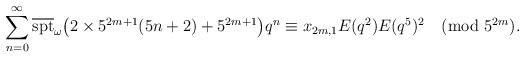
LaTeX: \begin{align*}\sum_{n=0}^\infty\overline{\textrm{spt}}_\omega{\left(2\times5^{2m+1}(5n+2)+5^{2m+1}\right)}q^n\equiv x_{2m,1}E(q^2)E(q^5)^2\pmod{5^{2m}}.\end{align*}